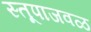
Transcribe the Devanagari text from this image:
स्तूपाजवळ